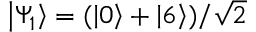
\left\lvert \Psi _ { 1 } \right\rangle = ( \left\lvert 0 \right\rangle + \left\lvert 6 \right\rangle ) / \sqrt { 2 }